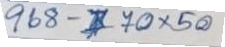
968 - 70 x 50